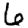
Digit: 6